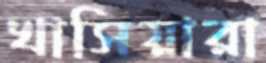
খাসিয়ারা